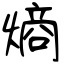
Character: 熵